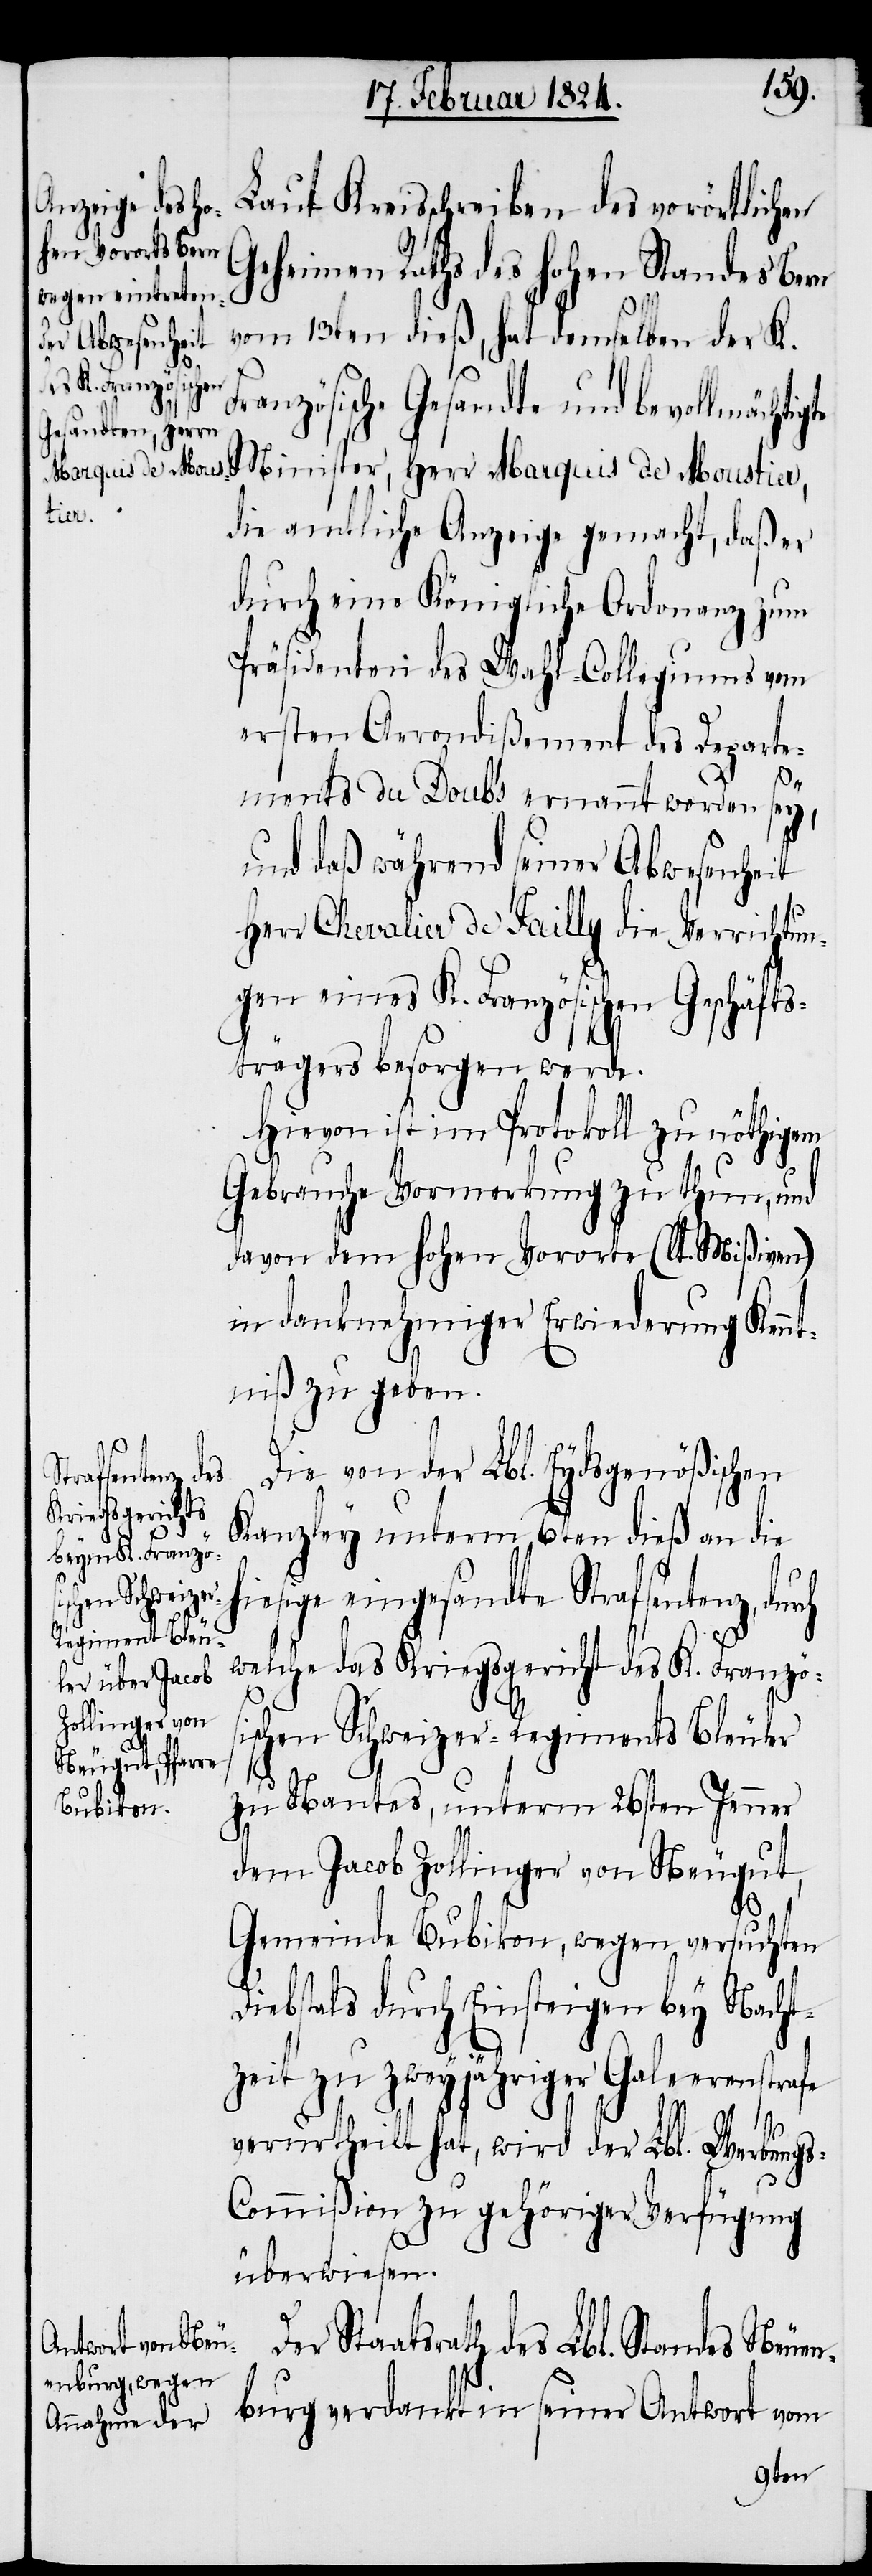
rch

Laut Kreisschreiben des vorörtlichen
Geheimen Raths des hohen Standes Bern
vom 13ten dieß, hat demselben der K.
Französische Gesandte und bevollmächtig¬
Minister, Herr Marwuis de Moustier,
die amtliche Anzeige gemacht, daß er
durch eine Königliche Ordonanz zum
Präsidenten des Wahl-Collegiums vom
ersten Arrondißment des Departe¬
ments du Doubs ernannt worden sey,
und daß während seiner Abwesenheit
Herr Chevalier de Failly die Verrichtun¬
gen eines K. Französischen Geschäfts¬
trägers besorgen werde.
Hievon ist im Protokoll zu nöthigem
Gebrauche Vormerkung zu thun, und
davon dem hohen Vororte (lt. Mißiven)
in danknehmiger Erwiederung Kennt¬
niß zu geben.
Die von der Lbl. Eydsgenößischen
Kanzley unterm 6ten dieß an die
hiesige eingesandte Strafsentenz, du¬
welche das Kriegsgericht des K. Französ¬
ischen Schweizer-Regiments Bleuler
zu Nantes, unterm 26sten Jenner
dem Jacob Zollinger von Neugut,
Gemeinde Bubikon, wegen versuchten
Diebstals durch Einsteigen bey Nacht¬
zeit zu zweyjähriger Galerenstrafe
verurtheilt hat, wird der Lbl. Werbungs-C¬
ommißion zu gehöriger Verfügung
überwiesen.
te
Der Staatsrath des Lbl. Standes Neuen¬
burg verdankt in seiner Antwort vom